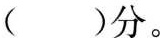
()分。